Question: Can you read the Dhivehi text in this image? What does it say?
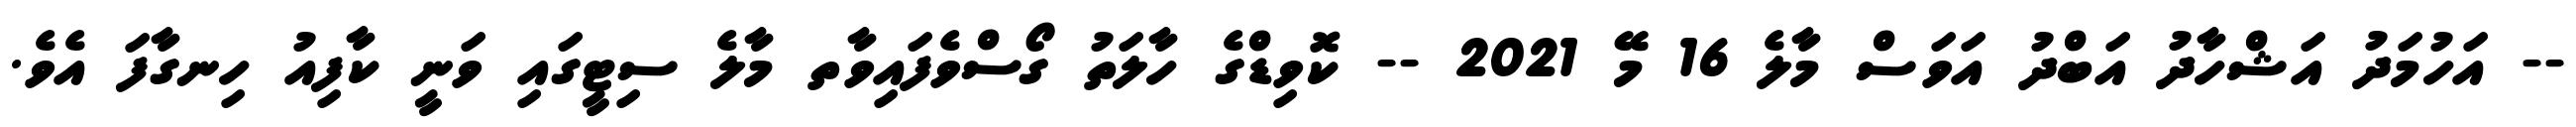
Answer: -- އަހުމަދު އަޝްހާދު އަބްދު އަވަސް މާލެ 16 މޭ 2021 -- ކޮވިޑްގެ ހާލަތު ގޯސްވެފައިވާތ މާލެ ސިޓީގައި ވަނީ ކާފިއު ހިނގާފަ އެވެ.